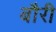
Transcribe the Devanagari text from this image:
बौरी